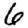
Digit: 6